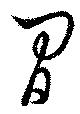
間